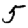
Digit: 5